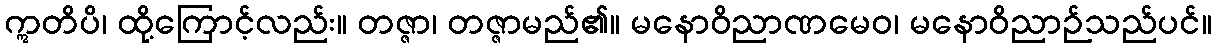
ဣတိပိ၊ ထို့ကြောင့်လည်း။ တဇ္ဇာ၊ တဇ္ဇာမည်၏။ မနောဝိညာဏမေဝ၊ မနောဝိညာဉ်သည်ပင်။